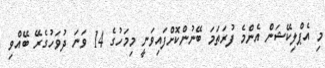
މި އެޕްލިކޭޝަން އެންމެ ފުރަތަމަ ބޭނުންކޮށްފައިވަނީ މިމަހުގެ 14 ވަނަ ދުވަހުގެރޭ ބޭއްވި